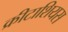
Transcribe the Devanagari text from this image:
क्रीटाशियस